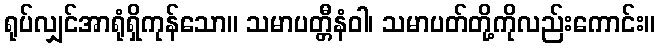
ရုပ်လျှင်အာရုံရှိကုန်သော။ သမာပတ္တီနံဝါ၊ သမာပတ်တို့ကိုလည်းကောင်း။